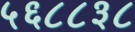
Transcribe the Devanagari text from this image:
५६८८३८